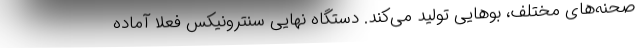
صحنه‌های مختلف، بوهایی تولید می‌کند. دستگاه نهایی سنترونیکس فعلا آماده